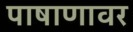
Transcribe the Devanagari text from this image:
पाषाणावर